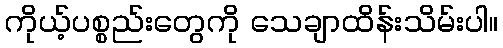
ကိုယ့်ပစ္စည်းတွေကို သေချာထိန်းသိမ်းပါ။